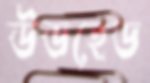
উডহেড